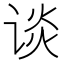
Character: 谈